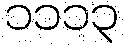
၁၁၁၃